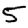
Digit: 5